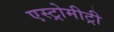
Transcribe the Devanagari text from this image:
एस्ट्रोमीट्री